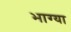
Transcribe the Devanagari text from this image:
भाग्या